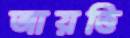
আয়ত্তি